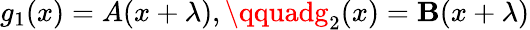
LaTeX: g_{1}(x)=A(x+\lambda),\qquadg_{2}(x)=\mathbf{B}(x+\lambda)